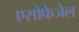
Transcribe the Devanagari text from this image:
एसोफेजेल